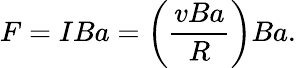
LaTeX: F=IBa=\left(\frac{vBa}{R}\right)Ba.